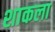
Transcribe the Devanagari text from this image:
शाकला